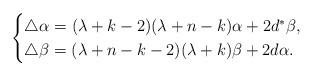
LaTeX: \begin{align*}\begin{cases}\triangle \alpha = (\lambda+k-2)(\lambda+n-k)\alpha + 2d^\ast\beta, & \\\triangle\beta = (\lambda+n-k-2)(\lambda+k)\beta + 2d\alpha.\end{cases}\end{align*}